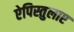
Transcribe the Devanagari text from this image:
ऐपिस्तुलाए